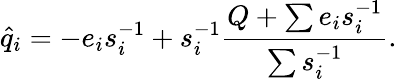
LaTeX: \hat{q}_{i}=-e_{i}s_{i}^{-1}+s_{i}^{-1}\frac{Q+\sum e_{i}s_{i}^{-1}}{\sum s_{i}^{-1}}.